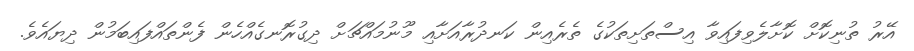
އޭރު ތުނިކޮށް ކޮށާލެވިފައިވާ އިސްތަށިތަކުގެ ތެރެއިން ކަނދުރާއަށާއި މޫނުމައްޗަށް ދިގުރޮނގެއްހެން ފެންތައްފައިބަމުން ދިޔައެވެ.